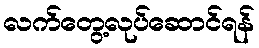
လက်တွေ့လုပ်ဆောင်ရန်